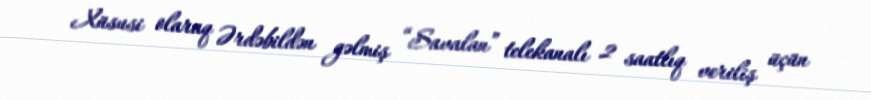
Xüsusi olaraq Ərdəbildən gəlmiş “Savalan” telekanalı 2 saatlıq veriliş üçün